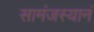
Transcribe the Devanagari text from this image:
सामंजस्यानं